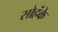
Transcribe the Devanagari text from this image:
सोहंके